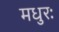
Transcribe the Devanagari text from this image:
मधुरः